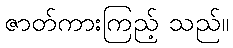
ဇာတ်ကားကြည့် သည်။